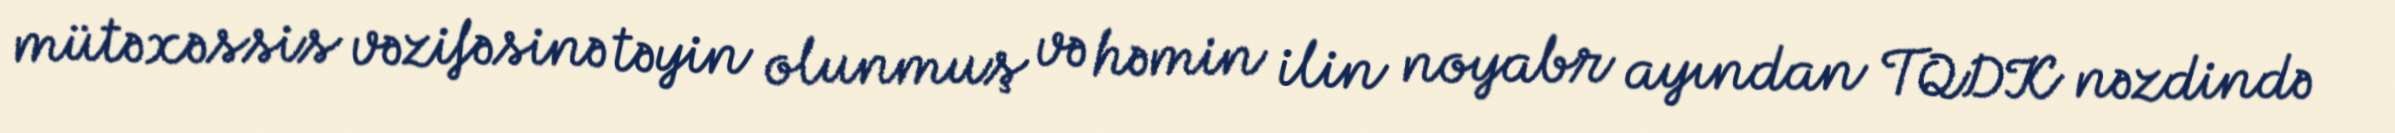
mütəxəssis vəzifəsinə təyin olunmuş və həmin ilin noyabr ayından TQDK nəzdində